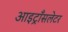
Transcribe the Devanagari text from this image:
आइट्राँसलेटर